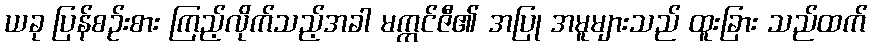
ယခု ပြန်စဉ်းစား ကြည့်လိုက်သည့်အခါ မက္ကင်ဇီ၏ အပြု အမူများသည် ထူးခြား သည်ထက်